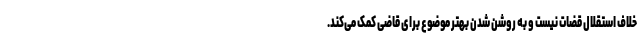
خلاف استقلال قضات نیست و به روشن شدن بهتر موضوع برای قاضی کمک می‌کند.